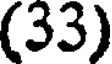
(33)